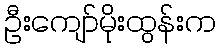
ဦးကျော်မိုးထွန်းက